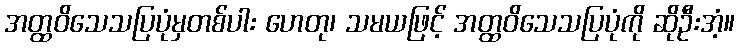
အတ္ထဝိသေသပြပုံမှတစ်ပါး ဟေတု၊ သမယဖြင့် အတ္ထဝိသေသပြပုံကို ဆိုဦးအံ့။